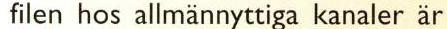
 filen hos allmännyttiga kanaler är